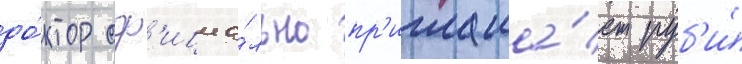
до́ктор оф'ициа́льно пр'иглаша́ет руб'и́